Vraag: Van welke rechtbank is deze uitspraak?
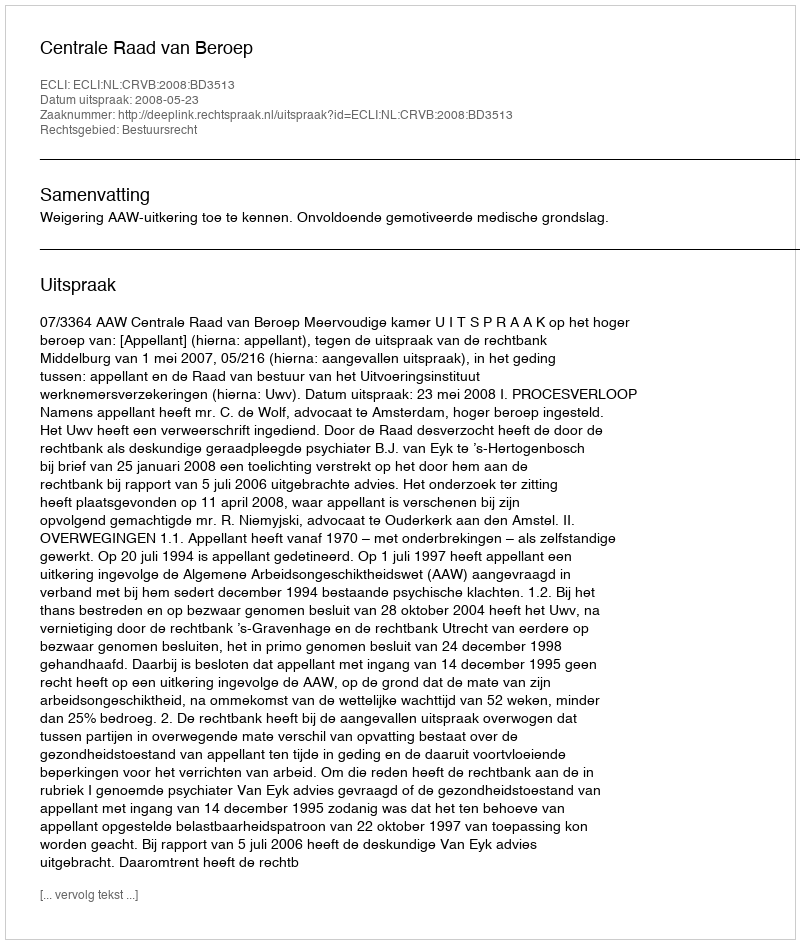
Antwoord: Centrale Raad van Beroep